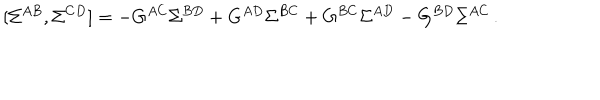
LaTeX: [ \Sigma ^ { A B } , \Sigma ^ { C D } ] = - G ^ { A C } \Sigma ^ { B D } + G ^ { A D } \Sigma ^ { B C } + G ^ { B C } \Sigma ^ { A D } - G ^ { B D } \Sigma ^ { A C } \, .